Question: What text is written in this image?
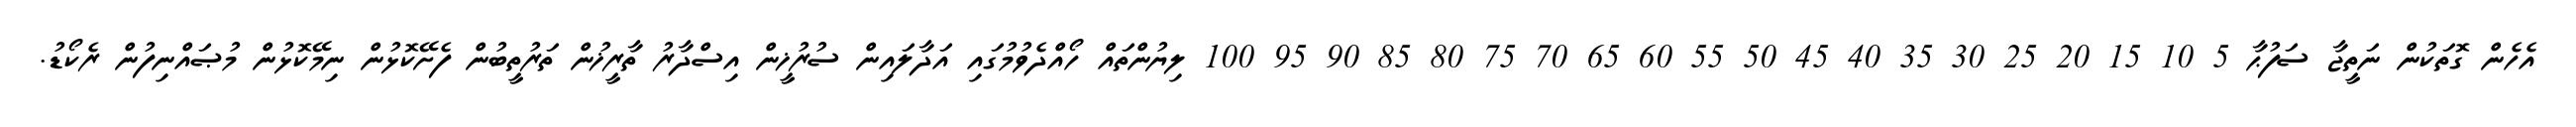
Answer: އެހެން ގޮތަކުން ނަތީޖާ ސަފުޙާ 5 10 15 20 25 30 35 40 45 50 55 60 65 70 75 80 85 90 95 100 ލިޔުންތައް ހޯއްދެވުމުގައި އަދާލައިން ސުރުޚީން އިސްދާރު ތާރީޚުން ތަރުތީބުން ފެށޭކޮޅުން ނިމޭކޮޅުން މުޞައްނިފުން ރެކޯޑު.